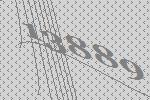
13889